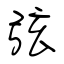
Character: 弦